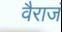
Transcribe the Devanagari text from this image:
वैराजं